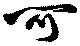
可